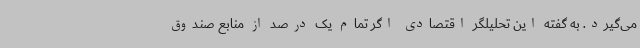
می‌گیرد. به گفته این تحلیلگر اقتصادی اگر تمام یک درصد از منابع صندوق